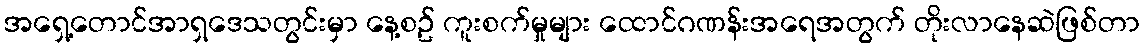
အရှေ့တောင်အာရှဒေသတွင်းမှာ နေ့စဥ် ကူးစက်မှုများ ထောင်ဂဏန်းအရေအတွက် တိုးလာနေဆဲဖြစ်တာ